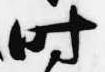
時